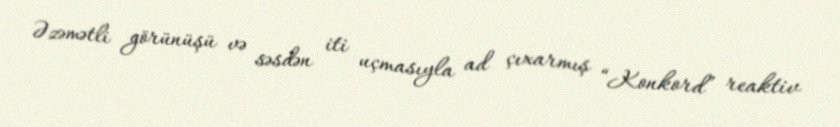
Əzəmətli görünüşü və səsdən iti uçmasıyla ad çıxarmış “Konkord” reaktiv